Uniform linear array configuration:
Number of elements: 32
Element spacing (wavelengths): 0.5
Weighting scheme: hamming
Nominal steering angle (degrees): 0
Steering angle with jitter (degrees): -0.7839
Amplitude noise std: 0.05
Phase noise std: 0.05

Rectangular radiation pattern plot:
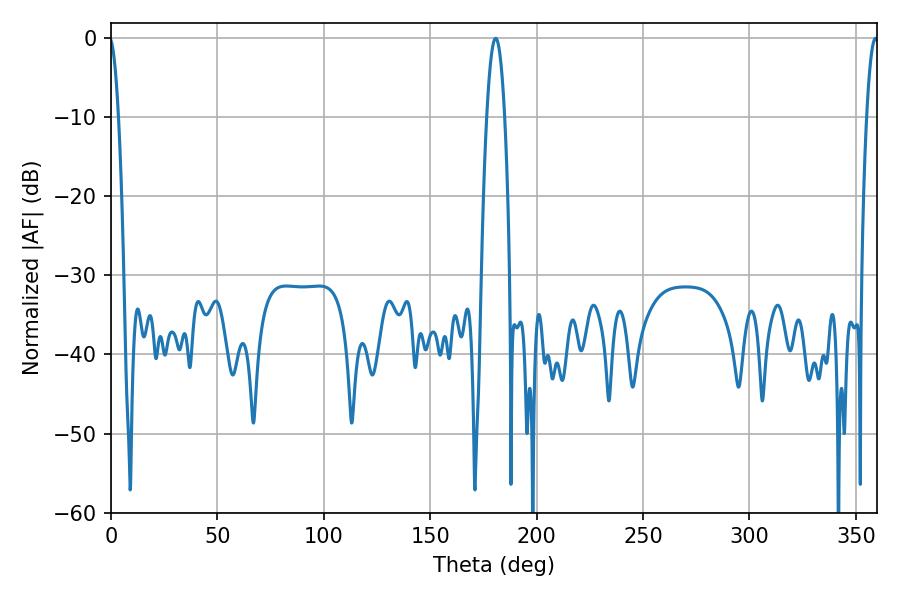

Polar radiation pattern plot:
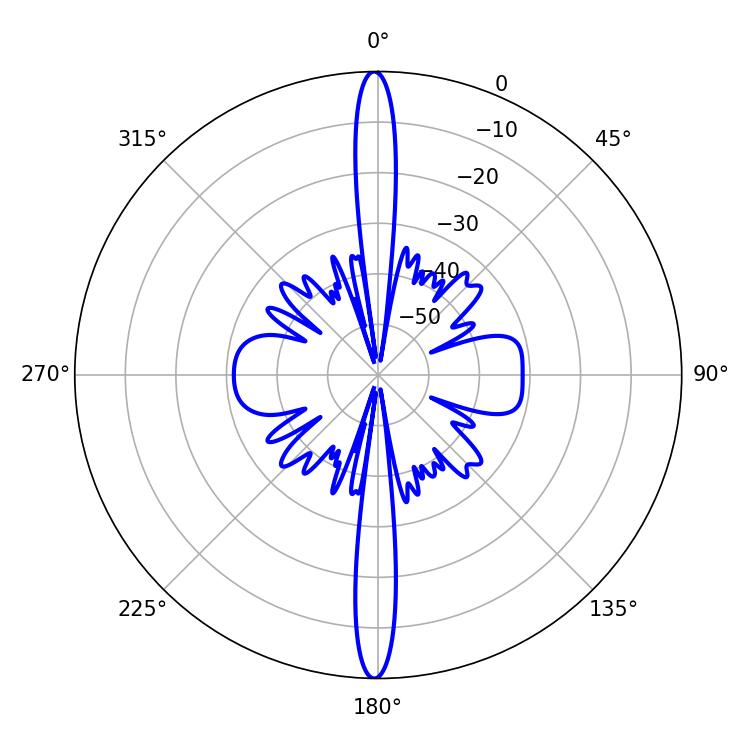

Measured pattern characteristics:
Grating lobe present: FALSE
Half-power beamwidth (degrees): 4.68
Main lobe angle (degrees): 180.72